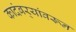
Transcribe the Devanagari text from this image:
कादंबर्‍यांवरून